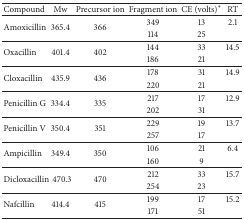
| Compound | Mw | Precursor ion | Fragment ion | CE (volts)* | RT |
 | --- | --- | --- | --- | --- | --- |
 | <ROWSPAN=2> Amoxicillin | <ROWSPAN=2> 365.4 | <ROWSPAN=2> 366 | 349 | 13 | 2.1 |
 | 114 | 25 |  |
 | <ROWSPAN=2> Oxacillin | <ROWSPAN=2> 401.4 | <ROWSPAN=2> 402 | 144 | 33 | 14.5 |
 | 186 | 21 |  |
 | <ROWSPAN=2> Cloxacillin | <ROWSPAN=2> 435.9 | <ROWSPAN=2> 436 | 178 | 31 | 14.9 |
 | 220 | 21 |  |
 | <ROWSPAN=2> Penicillin G | <ROWSPAN=2> 334.4 | <ROWSPAN=2> 335 | 217 | 17 | 12.9 |
 | 202 | 31 |  |
 | <ROWSPAN=2> Penicillin V | <ROWSPAN=2> 350.4 | <ROWSPAN=2> 351 | 229 | 19 | 13.7 |
 | 257 | 17 |  |
 | <ROWSPAN=2> Ampicillin | <ROWSPAN=2> 349.4 | <ROWSPAN=2> 350 | 106 | 21 | 6.4 |
 | 160 | 9 |  |
 | <ROWSPAN=2> Dicloxacillin | <ROWSPAN=2> 470.3 | <ROWSPAN=2> 470 | 212 | 33 | 15.7 |
 | 254 | 23 |  |
 | <ROWSPAN=2> Nafcillin | <ROWSPAN=2> 414.4 | <ROWSPAN=2> 415 | 199 | 17 | 15.2 |
 | 171 | 51 |  |